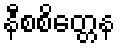
နီစစိတ္တေန